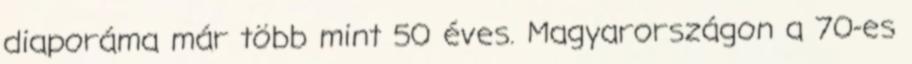
diaporáma már több mint 50 éves. Magyarországon a 70-es